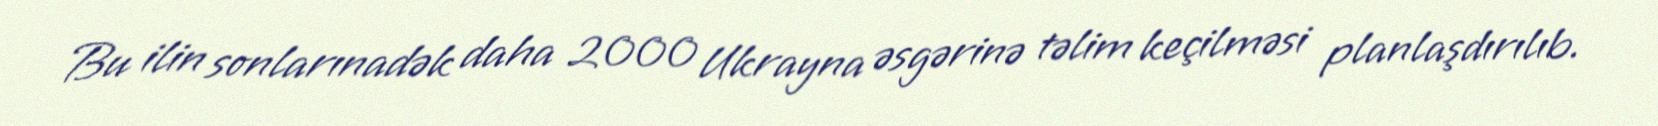
Bu ilin sonlarınadək daha 2000 Ukrayna əsgərinə təlim keçilməsi planlaşdırılıb.